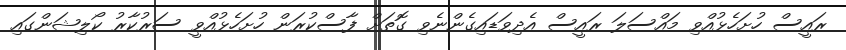
ރައީސް ހުށަހެޅުއްވި މައްސަލަ ރައީސް އެދިވަޑައިގެންނެވި ގޮތަށް ފާސްކުރަން ހުށަހެޅުއްވީ ސަރުކާރު ކޯލިޝަންގައި